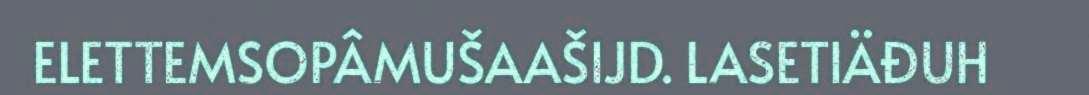
ELETTEMSOPÂMUŠAAŠIJD. LASETIÄĐUH